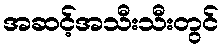
အဆင့်အသီးသီးတွင်